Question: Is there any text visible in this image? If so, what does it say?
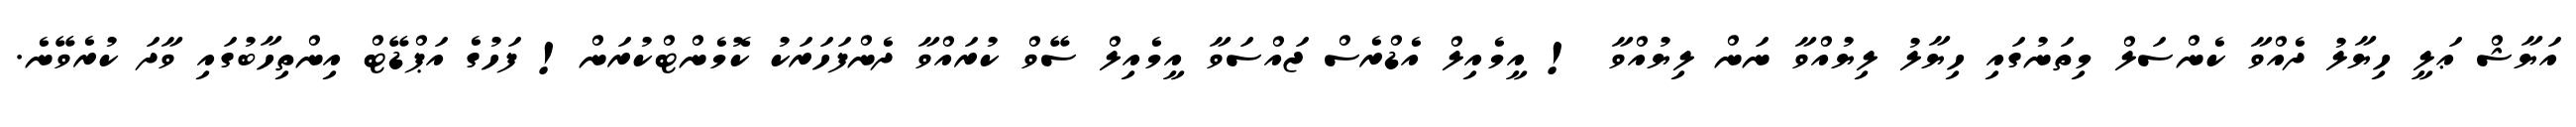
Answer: އަޔާޝް ޢަލީ ހިޔާލު ދެއްވާ ކެންސަލް މިތަނުގައި ހިޔާލު ލިޔުއްވާ ނަން ލިޔުއްވާ ! އީމެއިލް އެޑްރެސް ޖައްސަވާ އީމެއިލް ސޭވް ކުރައްވާ ދެންފަހަރަކު ކޮމެންޓްކުރަން! ފަހުގެ އަޕްޑޭޓް އިންތިހާބުގައި ވާދަ ކުރެވޭނެ.